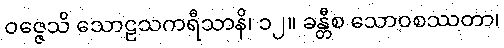
ဝဇ္ဇေသိ သောဠသကရီသာနိ၊ ၁၂။ ခန္တီစ သောဝစဿတာ၊